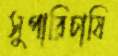
সুপারিচাষি